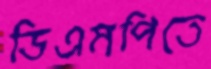
ডিএমপিতে